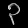
Digit: ၃